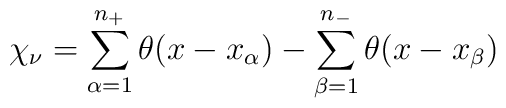
\chi_{\nu}=\sum_{\alpha=1}^{n_+} \theta (x-x_{\alpha}) -\sum_{\beta=1}^{n_-} \theta (x-x_{\beta})